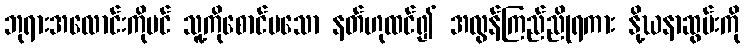
ဘုရားအလောင်းကိုပင် သူ့ကိုစောင်မသော နတ်ဟုထင်၍ အလွန်ကြည်ညိုရကား နို့ဃနာဆွမ်းကို